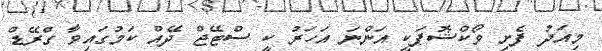
މިއަދު ފެށި ވޯކްޝޮޕަކީ އަންނަ އަހަރު ކީ ސްޓޭޖް ދޭއް ކަމުގައިވާ ގްރޭޑް